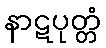
နာဋပုတ္တံ